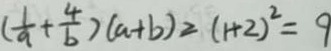
( \frac { 1 } { a } + \frac { 4 } { b } ) ( a + b ) = ( 1 + 2 ) ^ { 2 } = 9